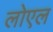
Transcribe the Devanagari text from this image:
लोएल